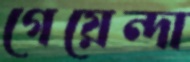
গেয়েন্দা